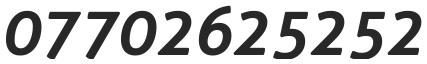
07702625252